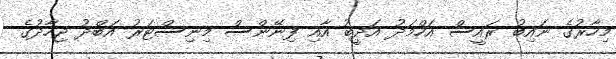
މިހާރުގެ ނައިބު ރައީސް އަހްމަދު އަދީބު އާއި ފިނޭންސް މިނިސްޓަރު އަބްދު ޖިހާދުގެ